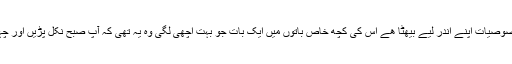
واشنگٹن ڈی سی امریکہ کا دارلحکومت ھے جو کہ بہت ساری خصوصیات اپنے اندر لیے بیھٹا ھے اس کی کچھ خاص باتوں میں ایک بات جو بہت اچھی لگی وہ یہ تھی کہ آپ صبح نکل پڑیں اور چہل قدمی کرتے کرتے آپ رات تک واشنگٹن دیکھ چکے ھوں گے۔